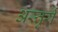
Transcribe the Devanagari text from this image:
अस्तुरी